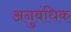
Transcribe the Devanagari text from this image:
अनुबंधिक